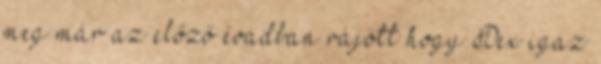
meg már az előző évadban rájött hogy Dex igaz